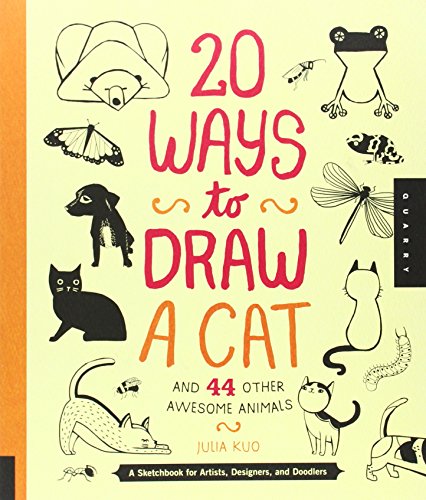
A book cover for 20 Ways to Draw a Cat and 44 Other Awesome Animals: A Sketchbook for Artists, Designers, and Doodlers; Julia Kuo; Comics & Graphic Novels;